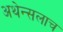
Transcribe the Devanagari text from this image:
अथेन्सलाच